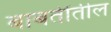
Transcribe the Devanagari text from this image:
बाबतींतील